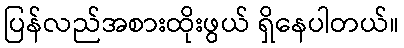
ပြန်လည်အစားထိုးဖွယ် ရှိနေပါတယ်။